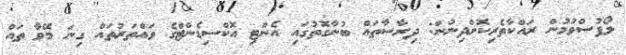
ލޯފުސްވުމުން ރައްކާތެރިކޮށްދިނުން: ދިރާސާތައް ބުނާގޮތުގައި އެންޓި އޮކްސިޑެންޓްގެ ވައްތަރުތައް ގިނަ މޭވާ ތައް